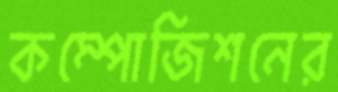
কম্পোজিশনের